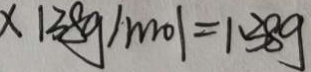
\times 1 3 8 g / m o l = 1 . 3 8 g